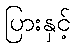
ပြားနှင့်